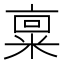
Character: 𫡿